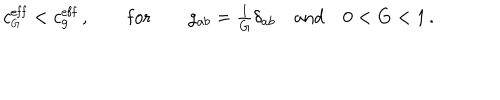
LaTeX: c _ { \scriptscriptstyle G } ^ { \mathrm { e f f } } < c _ { g } ^ { \mathrm { e f f } } \, , \qquad \mathrm { f o r } \qquad g _ { a b } = { \textstyle \frac { 1 } { G } } \delta _ { a b } \quad \mathrm { a n d } \quad 0 < G < 1 \, .